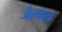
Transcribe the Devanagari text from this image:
जेरवास